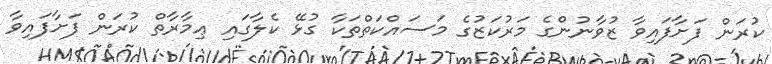
ކުރަން ފަށާފައިވާ ޒުވާނުންގެ މަރުކަޒުގެ މަސައްކަތްތަކާ ގުޅޭ ކެލާގައި ޢިމާރާތް ކުރަން ފަށާފައިވާ